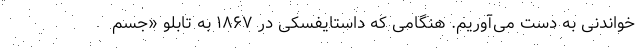
خواندنی به دست می‌آوریم. هنگامی که داستایفسکی در ۱۸۶۷ به تابلو «جسمِ